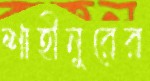
শাহীনুরের